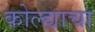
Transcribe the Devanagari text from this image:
कोल्ह्याचा